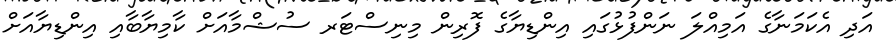
އަދި އެކަމަނާގެ އަމިއްލަ ނަންފުޅުގައި އިންޑިޔާގެ ފޮރިން މިނިސްޓަރ ސުޝްމާއަށް ކާމިޔާބާއި އިންޑިޔާއަށް